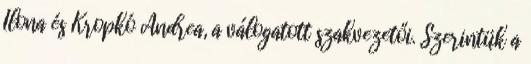
Ilona és Kropkó Andrea, a válogatott szakvezetői. Szerintük a